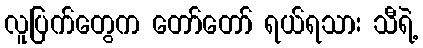
လူပြက်တွေက တော်တော် ရယ်ရသား သီရဲ့